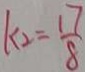
k _ { 2 } = \frac { 1 7 } { 8 }